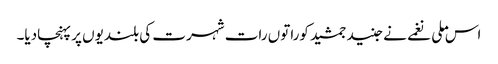
اس ملی نغمے نے جنید جمشید کوراتوں رات شہرت کی بلندیوں پر پہنچادیا۔